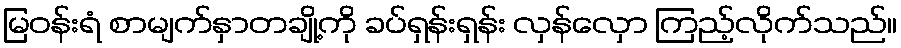
မြဝန်းရံ စာမျက်နှာတချို့ကို ခပ်ရှန်းရှန်း လှန်လှော ကြည့်လိုက်သည်။